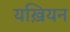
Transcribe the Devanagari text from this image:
यख़ियन